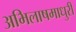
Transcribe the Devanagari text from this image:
अभिलाषमाधुरी